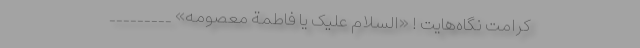
کرامت نگاه‌هایت ! «اَلسَّلامُ عَلَیْکِ یا فاطمة معصومه» _________